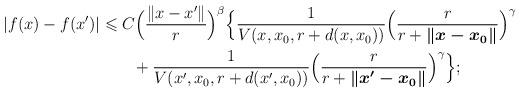
LaTeX: \begin{align*} \begin{aligned} |f(x)-f(x')|&\leqslant C \Big(\frac{\|x-x'\|}{r}\Big)^\beta \Big\{ \frac{1}{V(x,x_0,r+d(x,x_0))}\Big(\frac{r}{r+\boldsymbol{\|x-x_0\|}}\Big)^\gamma\\ &\qquad+ \frac{1}{V(x',x_0,r+d(x',x_0))}\Big(\frac{r}{r+\boldsymbol{\|x'-x_0\|}}\Big)^\gamma\Big\}; \end{aligned} \end{align*}